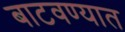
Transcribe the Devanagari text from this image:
बाटवण्यात